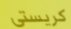
كريستى